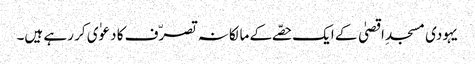
یہودی مسجدِ اقصیٰ کے ایک حصّے کے مالکانہ تصرّف کا دعوٰی کر رہے ہیں۔